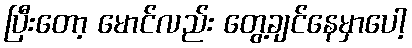
ပြီးတော့ မောင်လည်း တွေ့ချင်နေမှာပေါ့